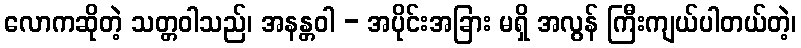
လောကဆိုတဲ့ သတ္တဝါသည်၊ အနန္တဝါ - အပိုင်းအခြား မရှိ အလွန် ကြီးကျယ်ပါတယ်တဲ့၊